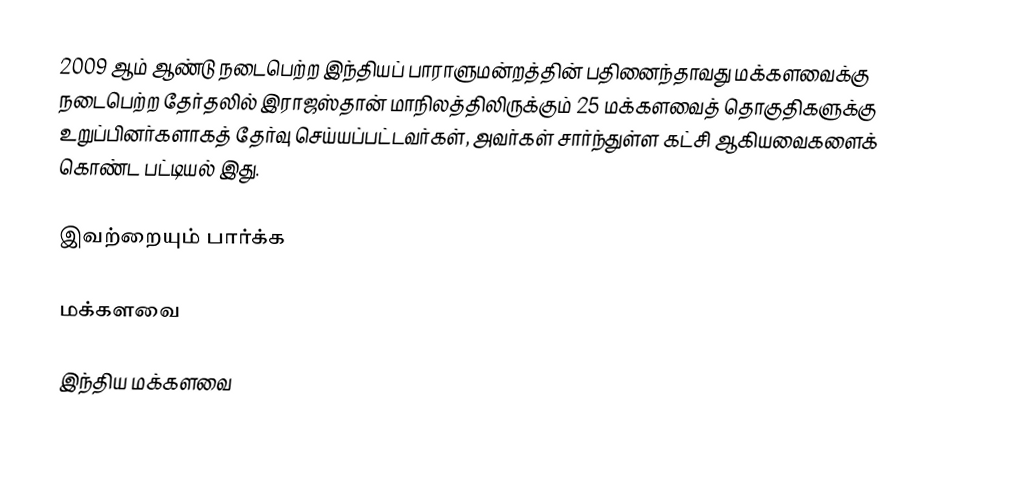
2009 ஆம் ஆண்டு நடைபெற்ற இந்தியப் பாராளுமன்றத்தின் பதினைந்தாவது மக்களவைக்கு நடைபெற்ற தேர்தலில் இராஜஸ்தான் மாநிலத்திலிருக்கும் 25 மக்களவைத் தொகுதிகளுக்கு உறுப்பினர்களாகத் தேர்வு செய்யப்பட்டவர்கள், அவர்கள் சார்ந்துள்ள கட்சி ஆகியவைகளைக் கொண்ட பட்டியல் இது.

இவற்றையும் பார்க்க

 மக்களவை

இந்திய மக்களவை